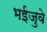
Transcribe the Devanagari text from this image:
भईजुवे